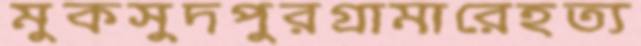
মুকসুদপুরগ্রামারেহত্য